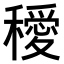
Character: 𥣁